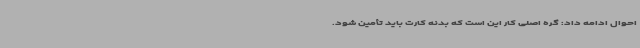
احوال ادامه داد: گره اصلی کار این است که بدنه کارت باید تأمین شود.